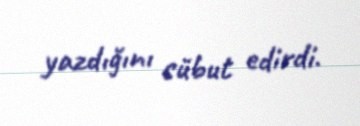
yazdığını sübut edirdi.